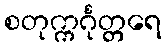
စတုက္ကင်္ဂုတ္တရေ